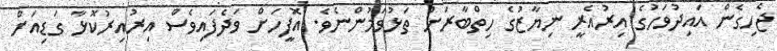
ޖެހިގެން އައިދުވަހުގެ އިރުއެރީ ނިޔާޒުގެ ހިތްބާރަށް ތަޅުވަމުންނެވެ. އޮފީހަށް ވަދެފައިވެސް އިރުއިރުކޮޅާ ގަޑިއަށް